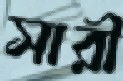
সারী